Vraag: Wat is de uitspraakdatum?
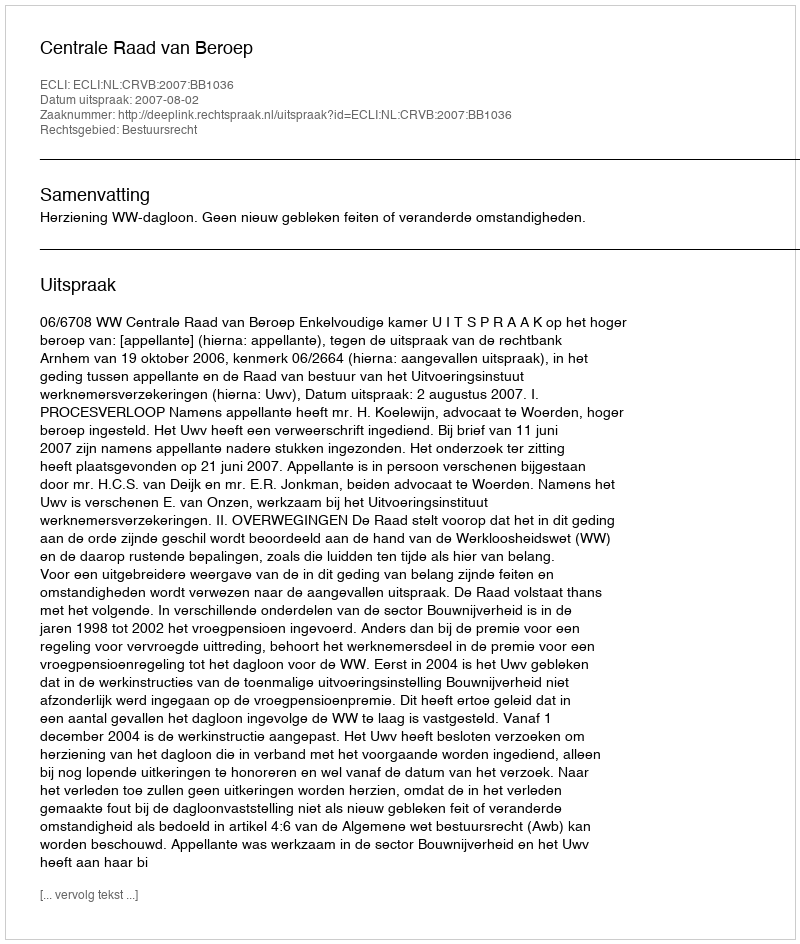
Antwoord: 2007-08-02